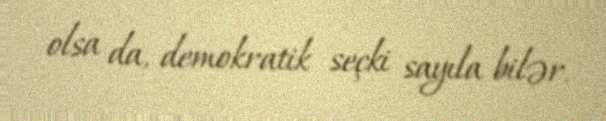
olsa da, demokratik seçki sayıla bilər.